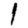
Digit: 1